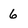
Character: 6